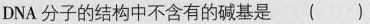
DNA分子的结构中不含有的碱基是( )